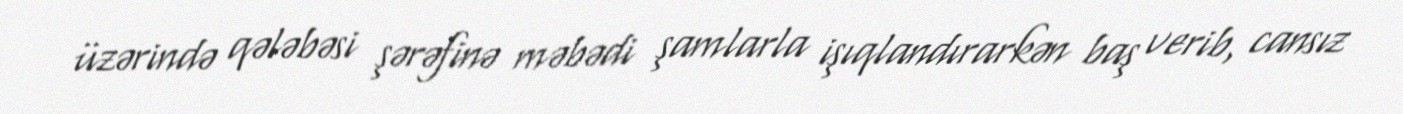
üzərində qələbəsi şərəfinə məbədi şamlarla işıqlandırarkən baş verib, cansız